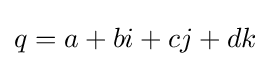
q=a+bi+cj+dk